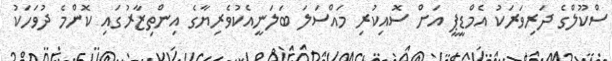
ސްކޫލްގެ ދަރިވަރަކު އެމްޑީޕީ އަށް ސޮއިކުރި މައްސަލަ ބަލަނީއެކުވެރިޔާގެ އިންތިޒާރުގައި ކޮންމެ ދުވަހަކު